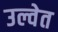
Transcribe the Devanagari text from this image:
उल्वेत